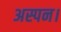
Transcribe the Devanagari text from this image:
अस्पन।